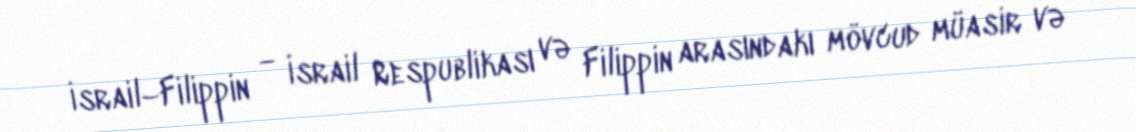
İsrail–Filippin — İsrail Respublikası və Filippin arasındakı mövcud müasir və